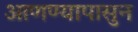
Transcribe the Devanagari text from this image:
आणण्यापासुन